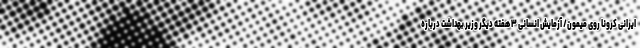
ایرانی کرونا روی میمون/ آزمایش انسانی ۳ هفته دیگر وزیر بهداشت درباره